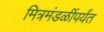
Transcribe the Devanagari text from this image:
मित्रमंडळींपर्यंत